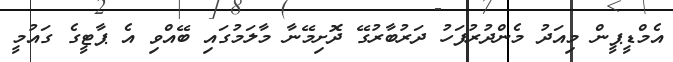
އެމްޑީޕީން މިއަދު މެންދުރުފަހު ދަރުބާރުގޭ ދޮށިމޭނާ މާލަމުގައި ބޭއްވި އެ ޕާޓީގެ ގައުމީ